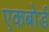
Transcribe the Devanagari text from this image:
एकबोर्ड